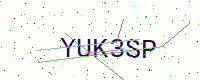
Text: YUK3SP